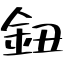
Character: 鈕